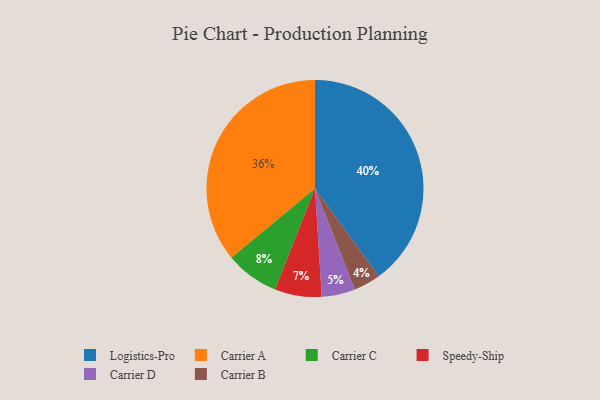
{"axis": {"x": "Category", "y": "Percentage"}, "legend": ["Carrier A", "Carrier B", "Carrier C", "Carrier D", "Logistics-Pro", "Speedy-Ship"], "data": [{"x": "Speedy-Ship", "y": 7, "type": "Speedy-Ship"}, {"x": "Carrier D", "y": 5, "type": "Carrier D"}, {"x": "Carrier C", "y": 8, "type": "Carrier C"}, {"x": "Carrier B", "y": 4, "type": "Carrier B"}, {"x": "Logistics-Pro", "y": 40, "type": "Logistics-Pro"}, {"x": "Carrier A", "y": 36, "type": "Carrier A"}]}